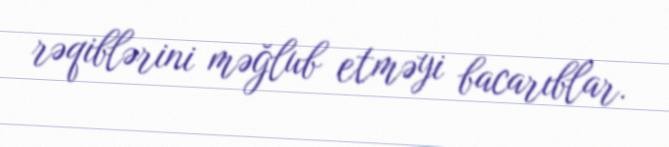
rəqiblərini məğlub etməyi bacarıblar.